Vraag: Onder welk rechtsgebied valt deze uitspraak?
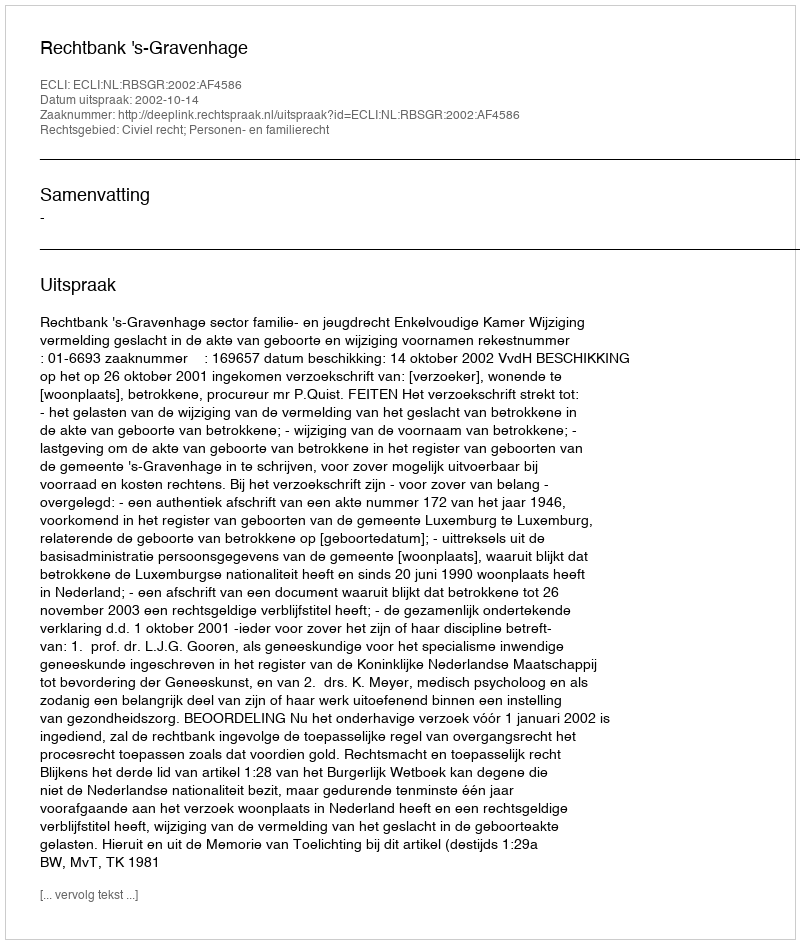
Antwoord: Civiel recht; Personen- en familierecht